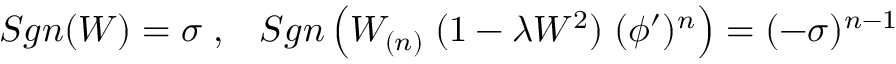
S g n ( W ) = \sigma \; , \; \; \; S g n \left( W _ { ( n ) } \; ( 1 - \lambda W ^ { 2 } ) \; ( \phi ^ { \prime } ) ^ { n } \right) = ( - \sigma ) ^ { n - 1 }